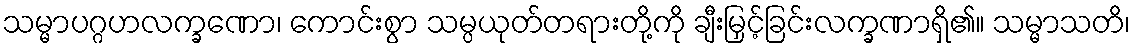
သမ္မာပဂ္ဂဟလက္ခဏော၊ ကောင်းစွာ သမ္ပယုတ်တရားတို့ကို ချီးမြှင့်ခြင်းလက္ခဏာရှိ၏။ သမ္မာသတိ၊